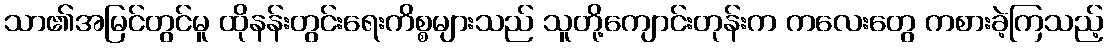
သာ၏အမြင်တွင်မူ ထိုနန်းတွင်းရေးကိစ္စများသည် သူတို့ကျောင်းတုန်းက ကလေးတွေ ကစားခဲ့ကြသည့်